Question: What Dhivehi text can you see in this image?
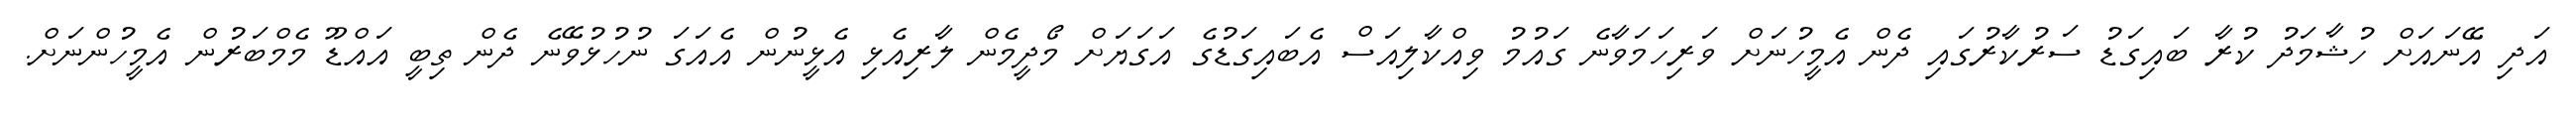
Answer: އަދި އޭނައަށް ހުޝާމަދު ކުރާ ބައިގަޑު ސަރުކާރުގައި ދެން އެމީހުނަށް ވަރިހަމަވާނެ ގައުމު ވިއްކާލިއަސް އެބައިގަޑުގެ އަގަޔަށް މޯދީމެން ލާރިއެޅި އެޅީނުން އެއަގަ ނުހުޅުވޭނެ ދެން ތިބީ އައްޑޫ މެމްބަރުން އެމީހުންނަށް.